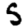
Digit: 5